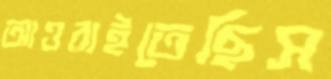
আওরাইতেছিস